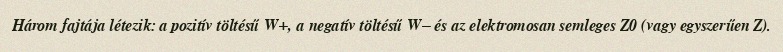
Három fajtája létezik: a pozitív töltésű W+, a negatív töltésű W− és az elektromosan semleges Z0 (vagy egyszerűen Z).